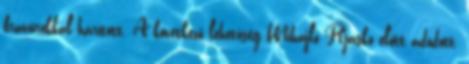
bravúrokkal hárított. A következő lehetőség Mihajlo Rjasko előtt adódott,